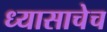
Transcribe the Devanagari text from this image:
ध्यासाचेच